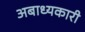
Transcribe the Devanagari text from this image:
अबाध्यकारी